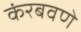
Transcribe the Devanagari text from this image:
कंरबवणे